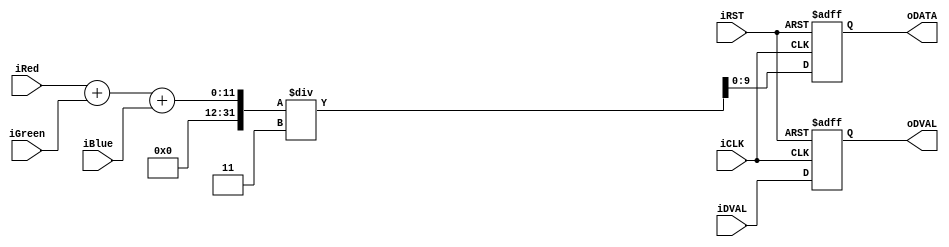
module RGB2GRAY(
        oDVAL,
        oDATA,
        iRed,
        iGreen,
        iBlue,
        iCLK,
        iRST,
        iDVAL,
		);
input			iDVAL;
input			iCLK;
input			iRST;
output reg[9:0]	oDATA;
output reg		oDVAL;

input		[9:0]	iRed;
input		[9:0]	iGreen;
input		[9:0]	iBlue;

always@(posedge iCLK or negedge iRST)
begin
  if(!iRST)
    begin
	  oDVAL   <= 0;
      oDATA   <= 10'b0;
    end
  else
    begin
	  oDVAL   <= iDVAL;
	  oDATA   <= (iRed[9:0]+iGreen[9:0]+iBlue[9:0])/3;
    end
end
endmodule